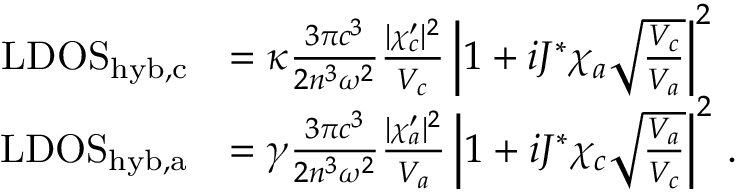
\begin{array} { r l } { \mathrm { L D O S } _ { \mathrm { h y b , c } } } & { = \kappa \frac { 3 \pi c ^ { 3 } } { 2 n ^ { 3 } \omega ^ { 2 } } \frac { | \chi _ { c } ^ { \prime } | ^ { 2 } } { V _ { c } } \left| 1 + i J ^ { * } \chi _ { a } \sqrt { \frac { V _ { c } } { V _ { a } } } \right| ^ { 2 } } \\ { \mathrm { L D O S } _ { \mathrm { h y b , a } } } & { = \gamma \frac { 3 \pi c ^ { 3 } } { 2 n ^ { 3 } \omega ^ { 2 } } \frac { | \chi _ { a } ^ { \prime } | ^ { 2 } } { V _ { a } } \left| 1 + i J ^ { * } \chi _ { c } \sqrt { \frac { V _ { a } } { V _ { c } } } \right| ^ { 2 } \, . } \end{array}